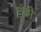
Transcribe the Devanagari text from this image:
डुंबी